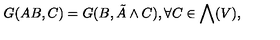
G ( A { \mathbin \mathrm { \vphantom { X }  } } B , C ) = G ( B , \tilde { A } \wedge C ) , \forall C \in \bigwedge ( V ) ,